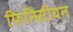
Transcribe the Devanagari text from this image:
फिनिसीयन